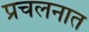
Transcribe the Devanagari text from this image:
प्रचलनात